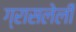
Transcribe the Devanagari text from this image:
ग्रासलेली